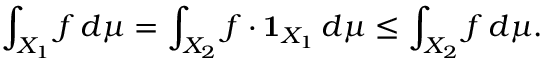
\int _ { X _ { 1 } } f \, d \mu = \int _ { X _ { 2 } } f \cdot { \mathbf { 1 } } _ { X _ { 1 } } \, d \mu \leq \int _ { X _ { 2 } } f \, d \mu .